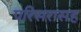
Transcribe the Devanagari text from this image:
परिसरासह